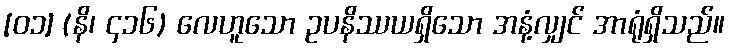
[၀၁] (နိ၊ ၄၁၆) လေဟူသော ဥပနိဿယရှိသော အနံ့လျှင် အာရုံရှိသည်။